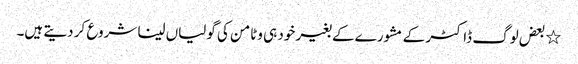
٭بعض لوگ ڈاکٹر کے مشورے کے بغیر خود ہی وٹامن کی گولیاں لینا شروع کر دیتے ہیں۔